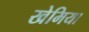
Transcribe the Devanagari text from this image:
खेमिया